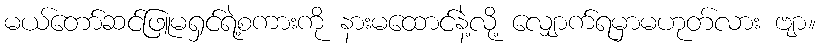
မယ်တော်ဆင်ဖြူမရှင်ရဲ့စကားကို နားမထောင်နဲ့လို့ လျှောက်ရမှာမဟုတ်လား ဗျာ။